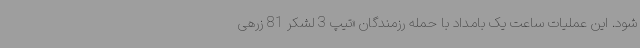
شود. این عملیات ساعت یک بامداد با حمله رزمندگان «تیپ 3 لشکر 81 زرهی